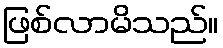
ဖြစ်လာမိသည်။